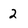
Character: 2